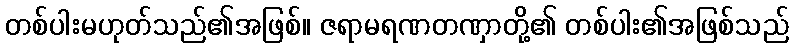
တစ်ပါးမဟုတ်သည်၏အဖြစ်။ ဇရာမရဏတဏှာတို့၏ တစ်ပါး၏အဖြစ်သည်